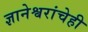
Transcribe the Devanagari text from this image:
ज्ञानेश्वरांचेही